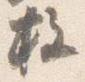
柱